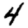
Digit: 4